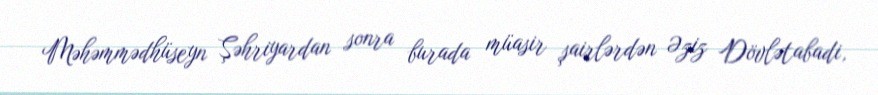
Məhəmmədhüseyn Şəhriyardan sonra burada müasir şairlərdən Əziz Dövlətabadi,